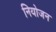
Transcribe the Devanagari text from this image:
नियोजन